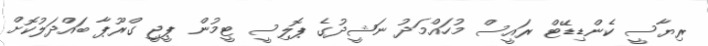
ރިޔާސީ ކެންޑިޑޭޓް ރައީސް މުހައްމަދު ނަޝީދުގެ ޕޮލިސީ ޓީމުން ޕީޖީ ގްރޫޕާ ބައްދަލުކޮށް